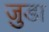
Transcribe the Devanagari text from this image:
जु़डा